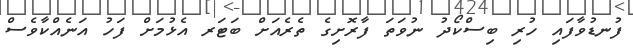
ފުނޑުވާފައި ހުރި ބިސްކޯދު ނުވަތަ ފާރޮށިގެ ތެރެއަށް ބަޓަރ އެޅުމަށް ފަހު އަނެއްކާވެސް